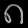
Digit: ၈